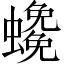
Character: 𧓰